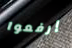
إرفعوا